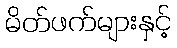
မိတ်ဖက်များနှင့်